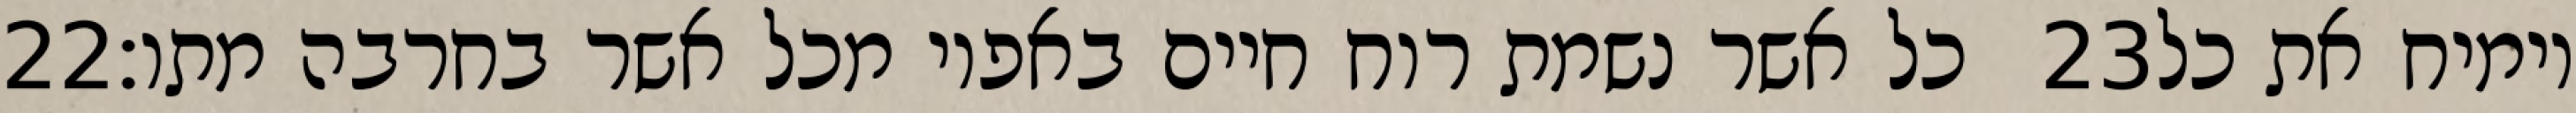
‎22‏ כל אשר נשמת רוח חיים באפיו מכל אשר בחרבה מתו׃ ‎23‏ וימיח את כל